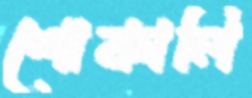
শোকালি